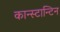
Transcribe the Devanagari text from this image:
कान्स्टान्टिन